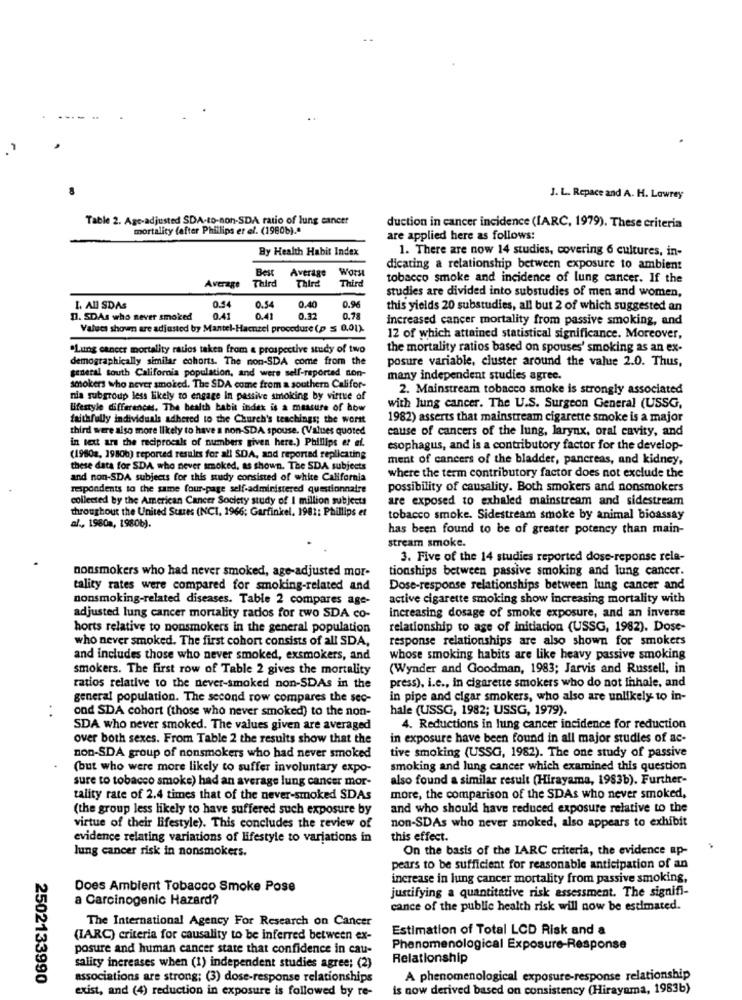
J. L. Repace and A. H. Lowrey
Table 2. Age-adjusted SDA-to-non-SDA ratio of lung cancer
mortality (after Phillips et el. (1980b)."
duction in cancer incidence (IARC, 1979). These criteria
are applied here as follows:
By Health Habit Index
1. There are now 14 studies, covering 6 cultures, in-
Best
Average
Wors
dicating a relationship between exposure to ambient
Third
Third
Thir
tobacco smoke and incidence of lung cancer. If the
Average
studies are divided into substudies of men and women,
0.54
0.94
L. All SDAS
0.54
0.40
this yields 20 substudies, all but 2 of which suggested an
1. SDAs who never smoked
0.41
0.41
0.32
0.75
increased cancer mortality from passive smoking, and
Values shove are adjusted by Mantel-Hamnzel procedure (p 5 0,01)
12 of which attained statistical significance. Moreover,
"Lung cancer mortality rates taken from a prospective study of two
the mortality ratios based on spouses' smoking as an ex-
demographically similar cohorts. The non-SDA come from the
posure variable, cluster around the value 2.0. Thus,
general south California population, and were self-reported non-
many independent studies agree.
smokers who never smoked. The SDA come from a southern Califor-
2. Mainstream tobacco smoke is strongly associated
nia subgroup less likely to engage In passive smoking by virtue of
Bifestyle differences, The health habit index is a measure of how
with lung cancer. The U.S. Surgeon General (USSG,
faithfully individuals adhered to the Church's teachings; the worst
1982) asserts that mainstream cigarette smoke is a major
third were also more likely to have a non-SDA spouse. (Values quoted
cause of cancers of the lung, larynx, oral cavity, and
in text are the reciprocals of numbers given here.) Phillips et al.
esophagus, and is a contributory factor for the develop-
(19802, 1980%) reported results for all SDA, and reported replicating
ment of cancers of the bladder, pancreas, and kidney,
these data for SDA who never smoked, as shown. The SDA subjects
and non-SDA subjects for this study consisted of white California
where the term contributory factor does not exclude the
respondents to the same four-page self-administered questionnaire
possibility of causality. Both smokers and nonsmokers
collected by the American Cancer Society study of I million subjects
are exposed to exhaled mainstream and sidestream
throughout the United States (NCI, 1966; Garfinkel. 1981: Phillips et
tobacco smoke. Sidestream smoke by animal bioassay
al ., 1980a, 1980b).
has been found to be of greater potency than main-
stream smoke.
3. Five of the 14 studies reported dose-reponse rela-
nonsmokers who had never smoked, age-adjusted mor-
tionships between passive smoking and lung cancer.
tality rates were compared for smoking-related and
Dose-response relationships between lung cancer and
nonsmoking-related diseases. Table 2 compares age-
active cigarette smoking show increasing mortality with
adjusted lung cancer mortality radios for two SDA co-
increasing dosage of smoke exposure, and an inverse
horts relative to nonsmokers in the general population
relationship to age of initiation (USSG, 1982). Dose-
who never smoked. The first cohort consists of all SDA,
response relationships are also shown for smokers
and includes those who never smoked, exsmokers, and
whose smoking habits are like heavy passive smoking
smokers. The first row of Table 2 gives the mortality
(Wynder and Goodman, 1983; Jarvis and Russell, in
press), i.e ., in cigarette smokers who do not inhale, and
ratios relative to the never-smoked non-SDAs in the
general population. The second row compares the sec-
in pipe and cigar smokers, who also are unlikely to in-
ond SDA cohort (those who never smoked) to the non-
hale (USSG, 1982; USSG, 1979).
SDA who never smoked. The values given are averaged
4. Reductions in lung cancer incidence for reduction
over both sexes. From Table 2 the results show that the
in exposure have been found in all major studies of ac-
non-SDA group of nonsmokers who had never smoked
tive smoking (USSG, 1982). The one study of passive
(but who were more likely to suffer involuntary expo-
smoking and lung cancer which examined this question
sure to tobacco smoke) had an average lung cancer mor-
also found a similar result (Hirayama, 1983b). Further-
tality rate of 2.4 times that of the never-smoked SDAs
more, the comparison of the SDAs who never smoked,
(the group less likely to have suffered such exposure by
and who should have reduced exposure relative to the
non-SDAs who never smoked, also appears to exhibit
virtue of their lifestyle). This concludes the review of
evidence relating variations of lifestyle to variations in
this effect.
lung cancer risk in nonsmokers.
On the basis of the IARC criteria, the evidence ap-
pears to be sufficient for reasonable anticipation of an
increase in lung cancer mortality from passive smoking,
Does Ambient Tobacco Smoke Pose
justifying a quantitative risk assessment. The signifi-
a Carcinogenic Hazard?
cance of the public health risk will now be estimated.
The International Agency For Research on Cancer
Estimation of Total LCD Risk and a
(IARC) criteria for causality to be inferred between ex-
posure and human cancer state that confidence in cau-
Phenomenological Exposure-Response
Relationship
saliry increases when (1) independent studies agree; (2)
2502133990
associations are strong; (3) dose-response relationships
A phenomenological exposure-response relationship
exist, and (4) reduction in exposure is followed by re-
is now derived based on consistency (Hirayama, 1983b)